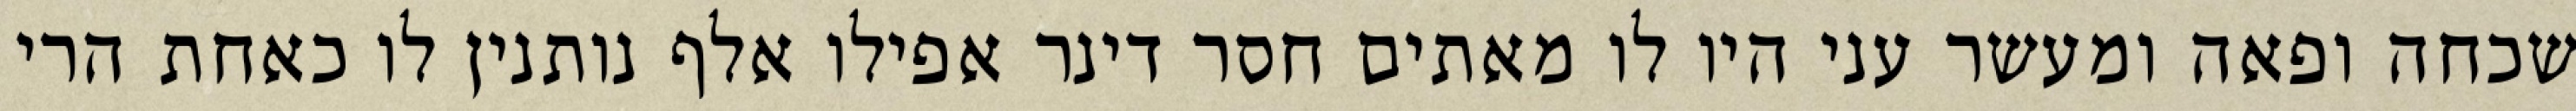
שכחה ופאה ומעשר עני היו לו מאתים חסר דינר אפילו אלף נותנין לו כאחת הרי